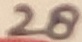
Text: 28